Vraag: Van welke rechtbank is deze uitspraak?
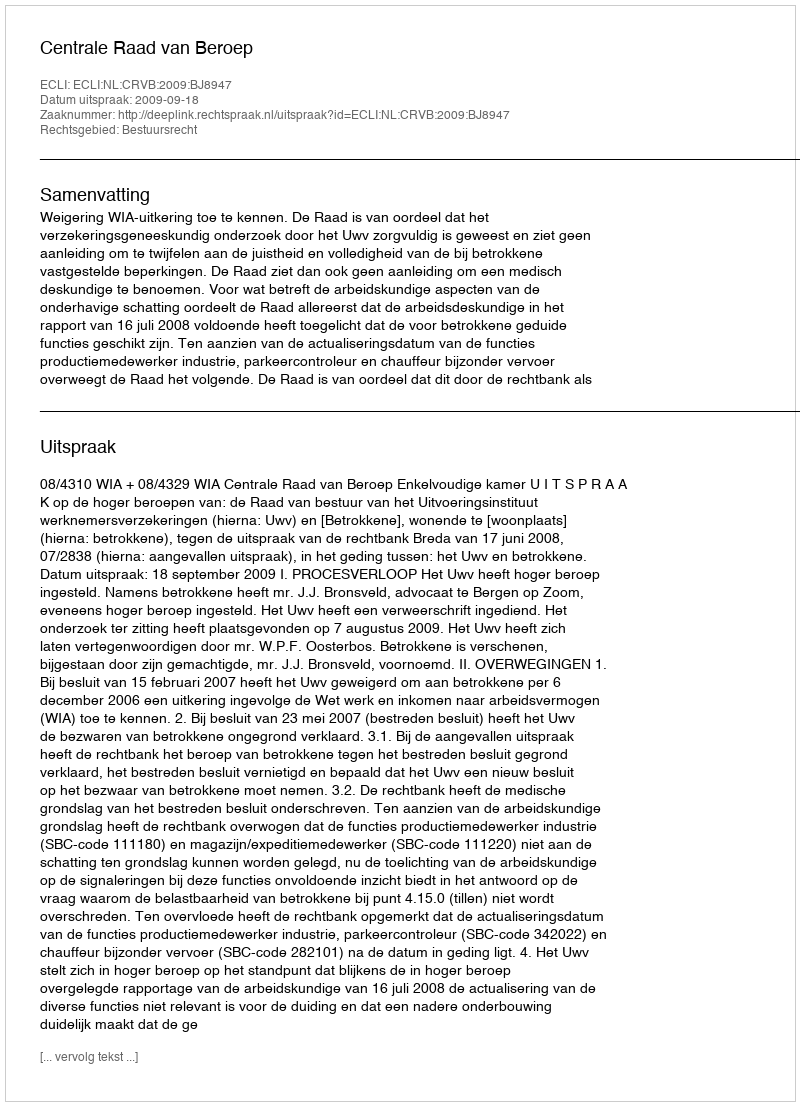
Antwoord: Centrale Raad van Beroep